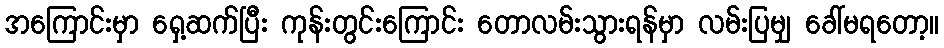
အကြောင်းမှာ ရှေ့ဆက်ပြီး ကုန်းတွင်းကြောင်း တောလမ်းသွားရန်မှာ လမ်းပြမျှ ခေါ်မရတော့။